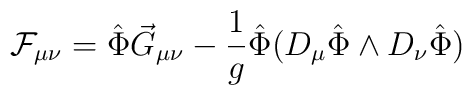
{\cal F}_{\mu\nu} = \hat\Phi \vec G_{\mu\nu} -\frac{1}{g}\hat\Phi(D_\mu\hat\Phi\wedge D_\nu\hat \Phi)